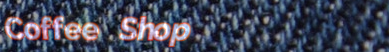
Coffee Shop